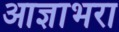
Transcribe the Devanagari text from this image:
आज्ञाभरा